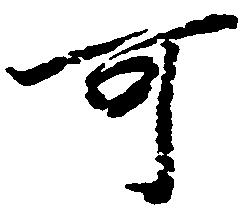
可